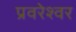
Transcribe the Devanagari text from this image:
प्रवरेश्वर